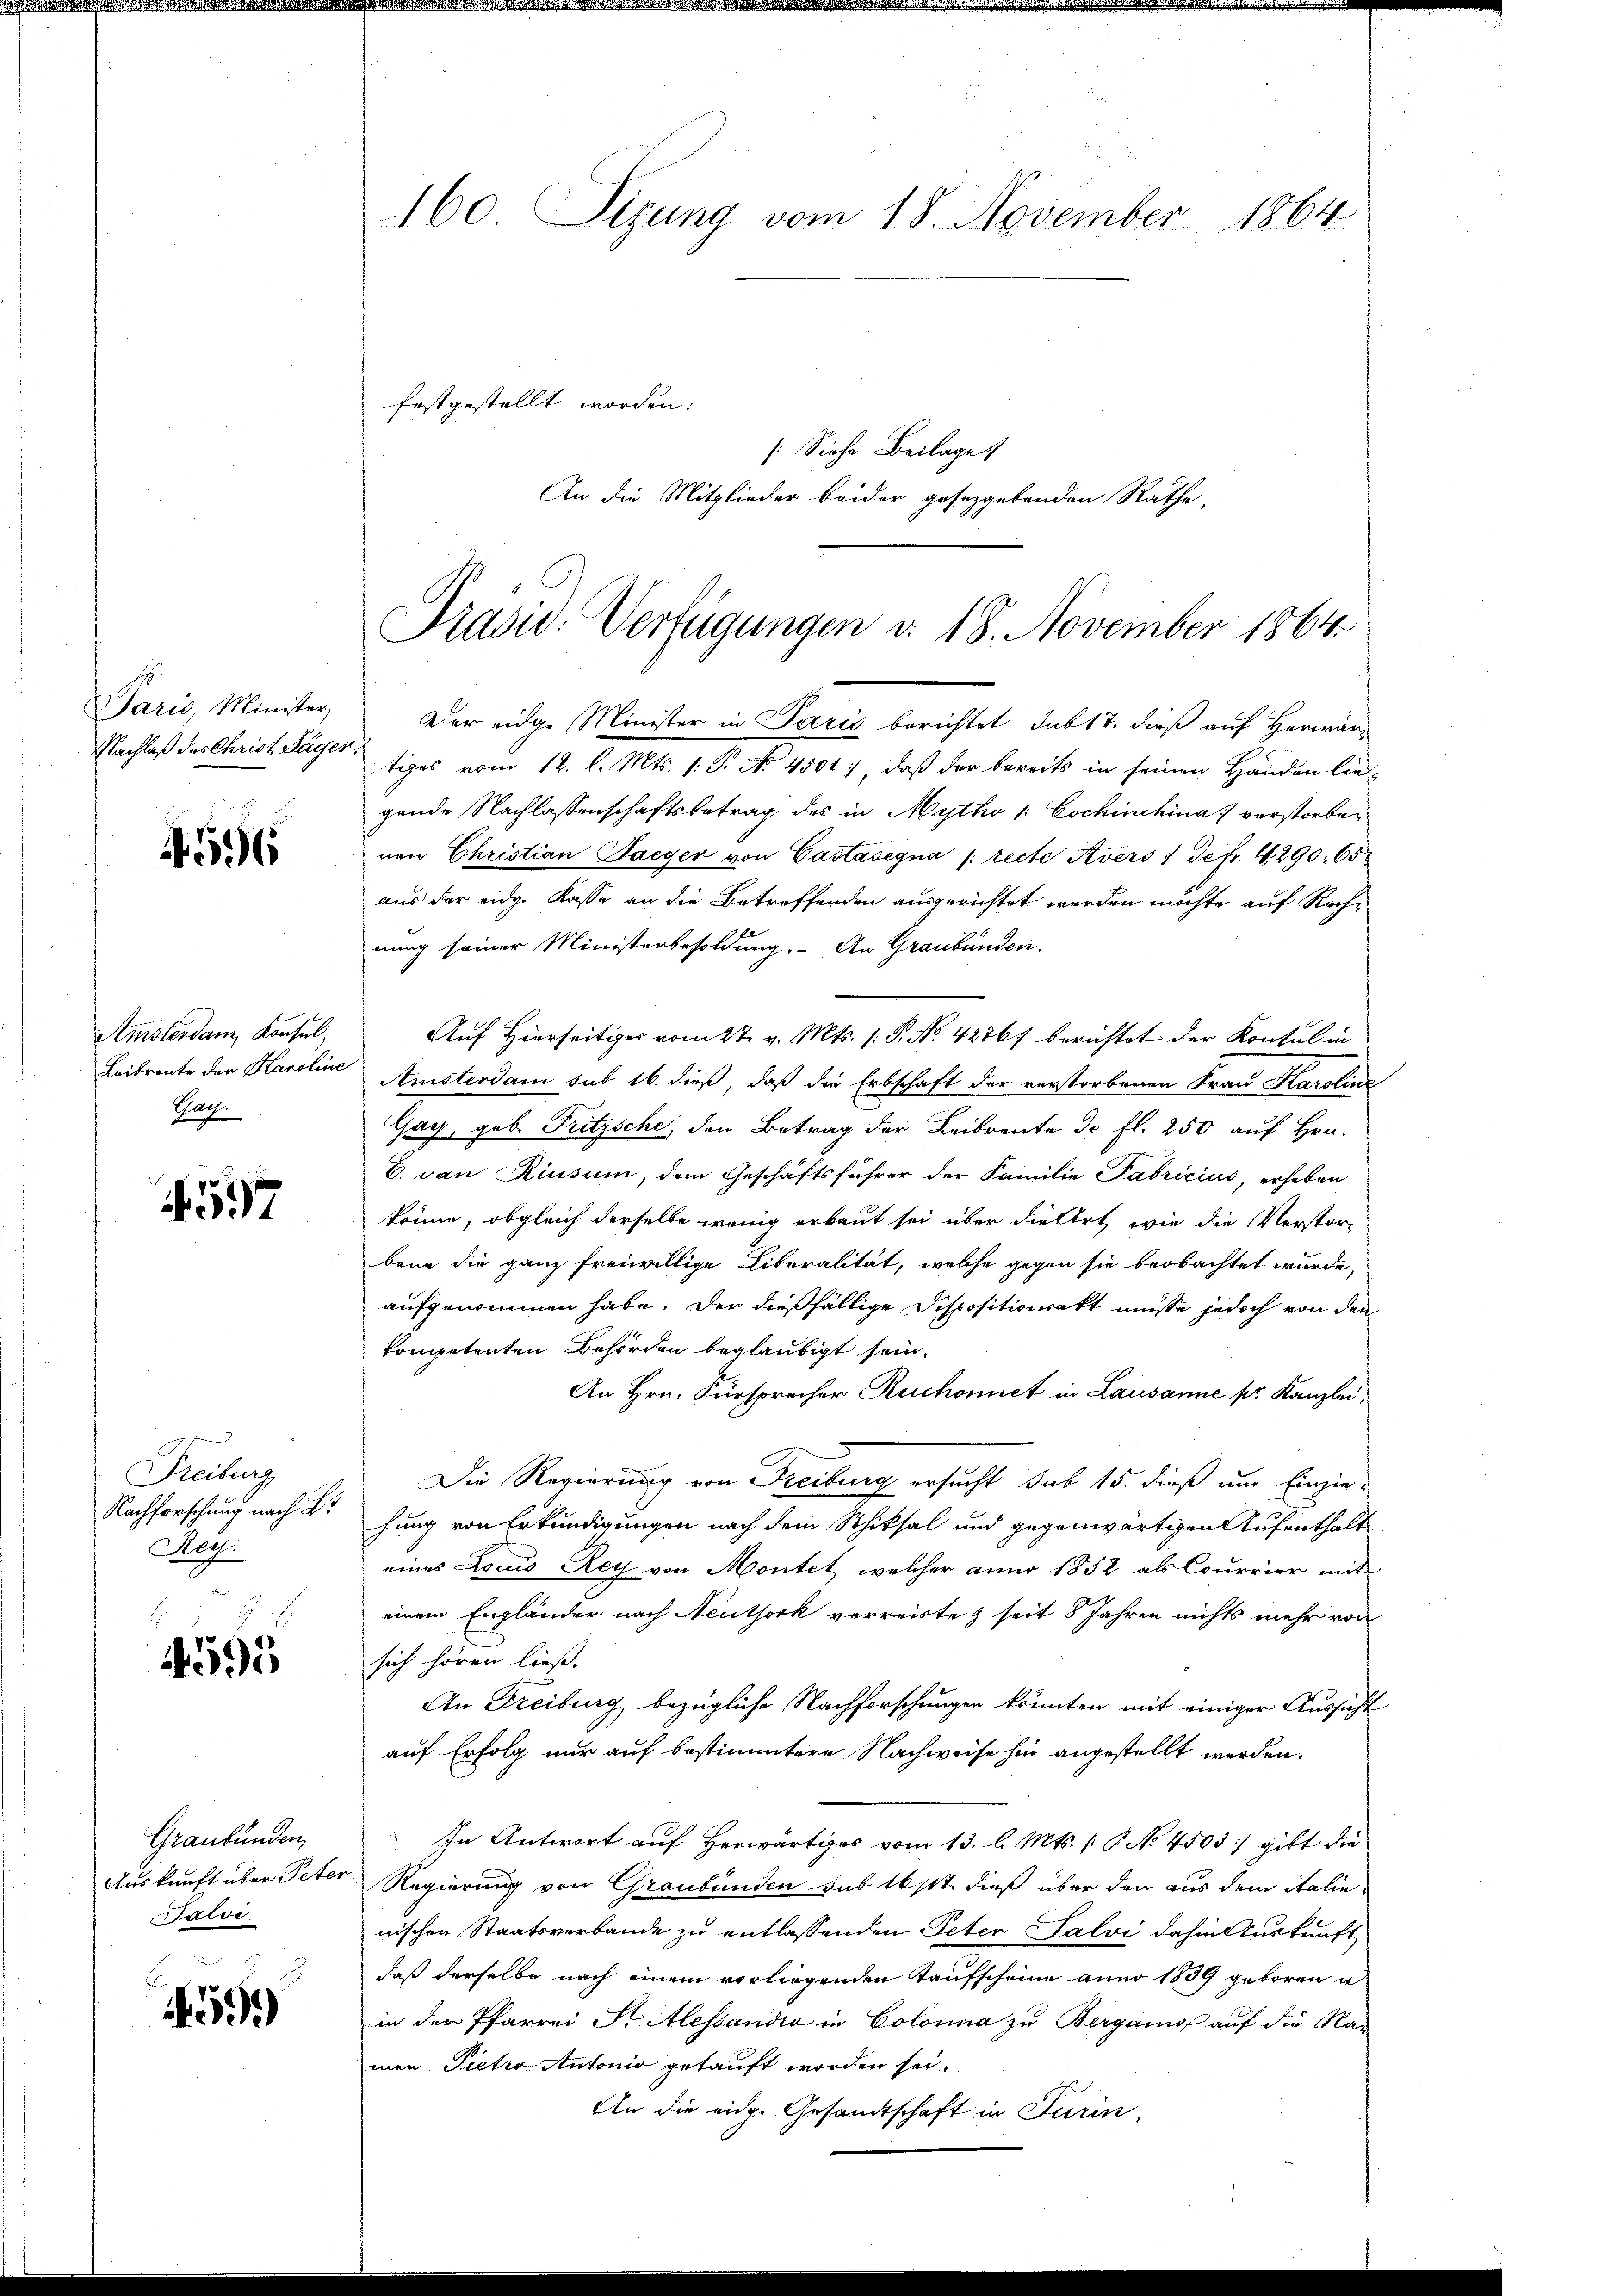
Paris, Minister,
Nachlaß des Christ Hagen

596

Amsterdam Konsul,
Leibrente der Karoline
Rath.

4597

Freiburg
Nachforschung nach Er
Hey.

4595

Graubünden
Auskunft über Peter
Salvi.

459)

160. Sizung vom 18. November 1864
festgestellt worden:
[Siehe Beilage

An die Mitglieder beider gesezgebenden Räthe

Präsid. Verfügungen d. 18. November 1864.

Der eidge Minister in Paris berichtet sub 17. dieß auf Herwärtiges vom 12. d. Mts. 1. P. No. 4001.), daß der bereits in seinen Händen lie-
gende Nachlassenschaftsbetrag des in Mytho /: Cochinchina verstorben
nen Christian Saeger von Castasegna /: recte Avers 1 Jefr. 4290. 65
aus der eidg. Kasse an die Betreffenden ausgerichtet werden möchte auf Rechnung seiner Ministerbesoldung. An Graubünden.
Auf Hierseitiges vom 27. v. Mts. 1. P. No. 42861 berichtet der Konsul in
Amsterdam sub 16. dieß, daß die Erbschaft der verstorbenen Frau Karoline
Gay, geb. Fritzsche, den Betrag der Leibrente de fl. 250 auf Hrn.
E. von Riusum, dem Geschäftsführer der Familie Fabricius, erheben
könne, obgleich derselbe wenig erbaut sei über die Art, wie die Verstorbene die ganz freiwillige Liberalität, welche gegen sie beobachtet wurde,
aufgenommen habe. Der dießfällige Dispositionsakt müsse jedoch von den
kompetenten Behörden beglaubigt sein.
An Hrn. Fürsprecher Ruchonnet in Lausanne pr. Kanzlei,
Die Regierung von Reiburg ersucht sub 15. dieß und Einzie-
hung von Erkundigungen nach dem Schiksal und gegenwärtigen Aufenthalt
eines Locus Rey von Montet, welcher anno 1852 als Courrier mit
einem Engländer nach Neuthork verreiste & seit 8 Jahren nichts mehr von
sich hören ließ.
An Freiburg bezügliche Nachforschungen könnten mit einiger Aussicht
auf Erfolg nur auf bestimmtere Nachweise hin angestellt werden.
In Antwort auf Herwärtiges vom 13. l. Mts. (: P. No 4503) gibt die
Regierung von Graubünden sub 16/11 dieß über den aus dem italie
nischen Staatsverbande zu entlassenden Peter Salvi dahin Auskunft
daß derselbe nach einem vorliegenden Taufscheine aner 1839 geboren u
in der Pfarrei St. Alessandio in Colonia zu Bergamo auf die Ramen Pietro Antonio getauft worden sei.
An die eidg. Gesandtschaft in Turin,